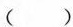
( )